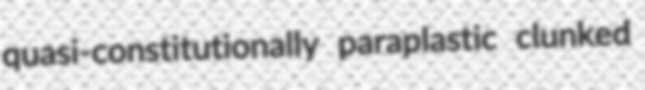
quasi-constitutionally paraplastic clunked